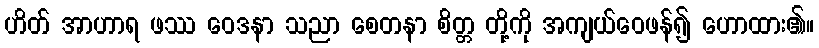
ဟိတ် အာဟာရ ဖဿ ဝေဒနာ သညာ စေတနာ စိတ္တ တို့ကို အကျယ်ဝေဖန်၍ ဟောထား၏။